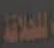
للخلاقة